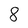
Character: 8